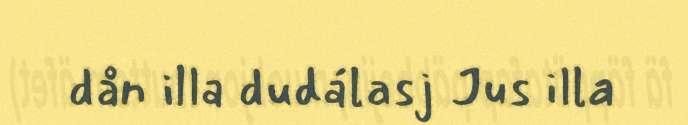
dån illa dudálasj Jus illa